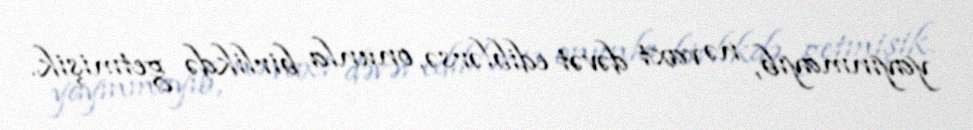
yayınmayıb, nə vaxt dəvət ediblərsə, onunla birlikdə getmişik.